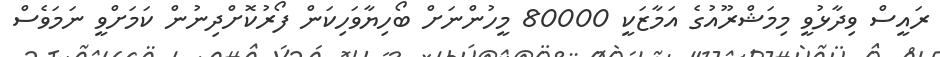
ރައީސް ވިދާޅުވީ މިމަޝްރޫއުގެ އަމާޒަކީ 80000 މީހުންނަށް ބޯހިޔާވަހިކަން ފޯރުކޮށްދިނުން ކަމަށްވީ ނަމަވެސް